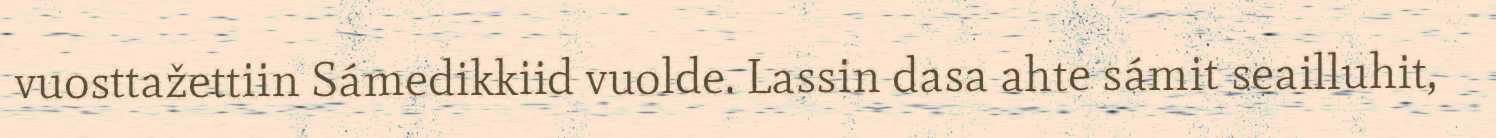
vuosttažettiin Sámedikkiid vuolde. Lassin dasa ahte sámit seailluhit,